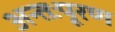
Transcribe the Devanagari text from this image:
अन्तःपूरण